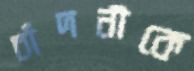
চাঁদনীকে